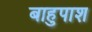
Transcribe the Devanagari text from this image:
बाहुपाश